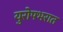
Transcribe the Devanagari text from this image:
युरोपभरात